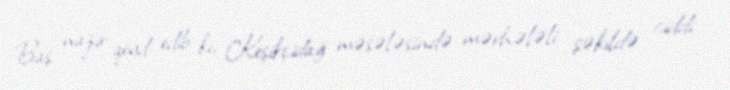
Baş nazir qeyd edib ki, Keşikçidağ məsələsində mərhələli şəkildə ciddi